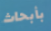
بأبحاث